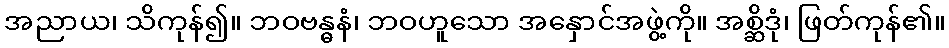
အညာယ၊ သိကုန်၍။ ဘဝဗန္ဓနံ၊ ဘဝဟူသော အနှောင်အဖွဲ့ကို။ အစ္ဆိဒုံ၊ ဖြတ်ကုန်၏။